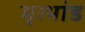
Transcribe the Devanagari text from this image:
मृत्भांड